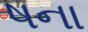
ષના